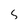
Character: 5